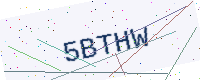
Text: 5BTHW